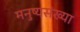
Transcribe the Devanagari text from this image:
मनुष्यसंख्या